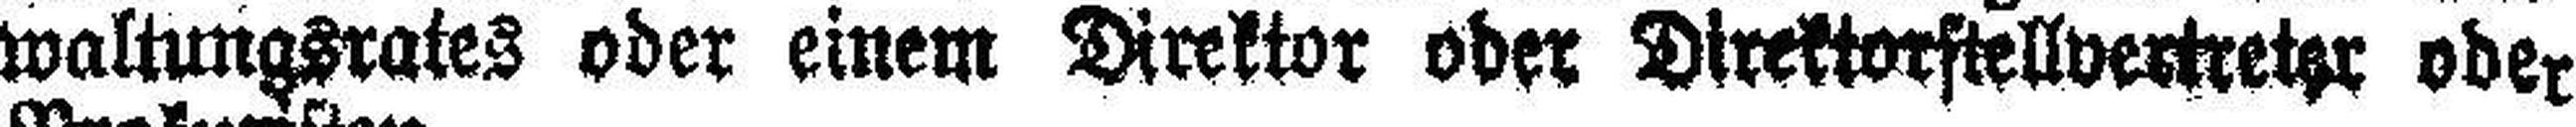
waltungsrates oder einem Direktor oder Direktorstellvertreter oder